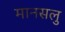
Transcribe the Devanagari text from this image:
मानसलु